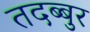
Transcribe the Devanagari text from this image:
तदब्बुर